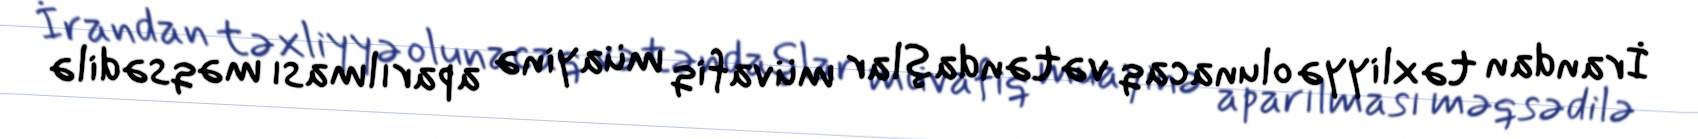
İrandan təxliyyə olunacaq vətəndaşlar müvafiq müayinə aparılması məqsədilə